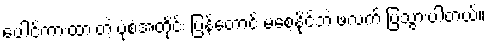
ပေါင်ကားထားတဲ့ ပုံစံအတိုင်း ပြန်တောင် မစေ့နိုင်ဘဲ ဖလက် ပြသွားပါတယ်။